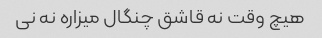
هیچ وقت نه قاشق چنگال میزاره نه نی